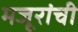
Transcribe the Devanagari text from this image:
मजूरांची